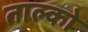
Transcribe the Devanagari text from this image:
ताल्को